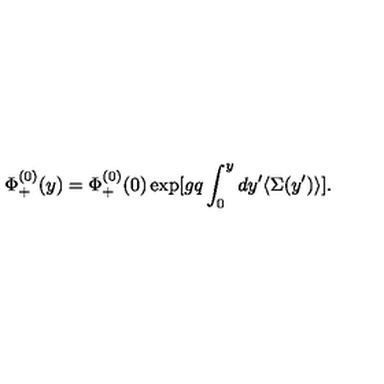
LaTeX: \Phi _ { + } ^ { ( 0 ) } ( y ) = \Phi _ { + } ^ { ( 0 ) } ( 0 ) \exp [ g q \int _ { 0 } ^ { y } d y ^ { \prime } \langle \Sigma ( y ^ { \prime } ) \rangle ] .